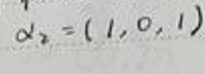
\(\alpha_1=(1,0,1)\)